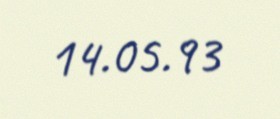
14.05.93